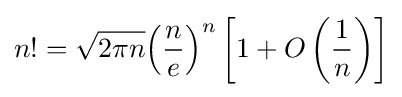
n!={\sqrt {2\pi n}}{\left({\frac {n}{e}}\right)}^{n}\left[1+O\left({\frac {1}{n}}\right)\right]